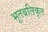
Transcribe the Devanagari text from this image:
भूतबलिकृत